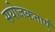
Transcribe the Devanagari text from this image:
सयोजकताएँ